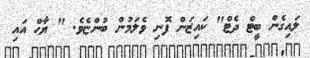
ލައިގެން ބީޓް ދެޓް" ކައިޒަން ފޮނި ވެލަމުން ބުންޏެވެ. " ޔާހް އައި